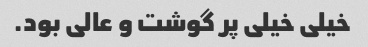
خیلی خیلی پر گوشت و عالی بود.